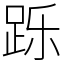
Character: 跞